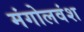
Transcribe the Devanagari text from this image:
मंगोलवंश